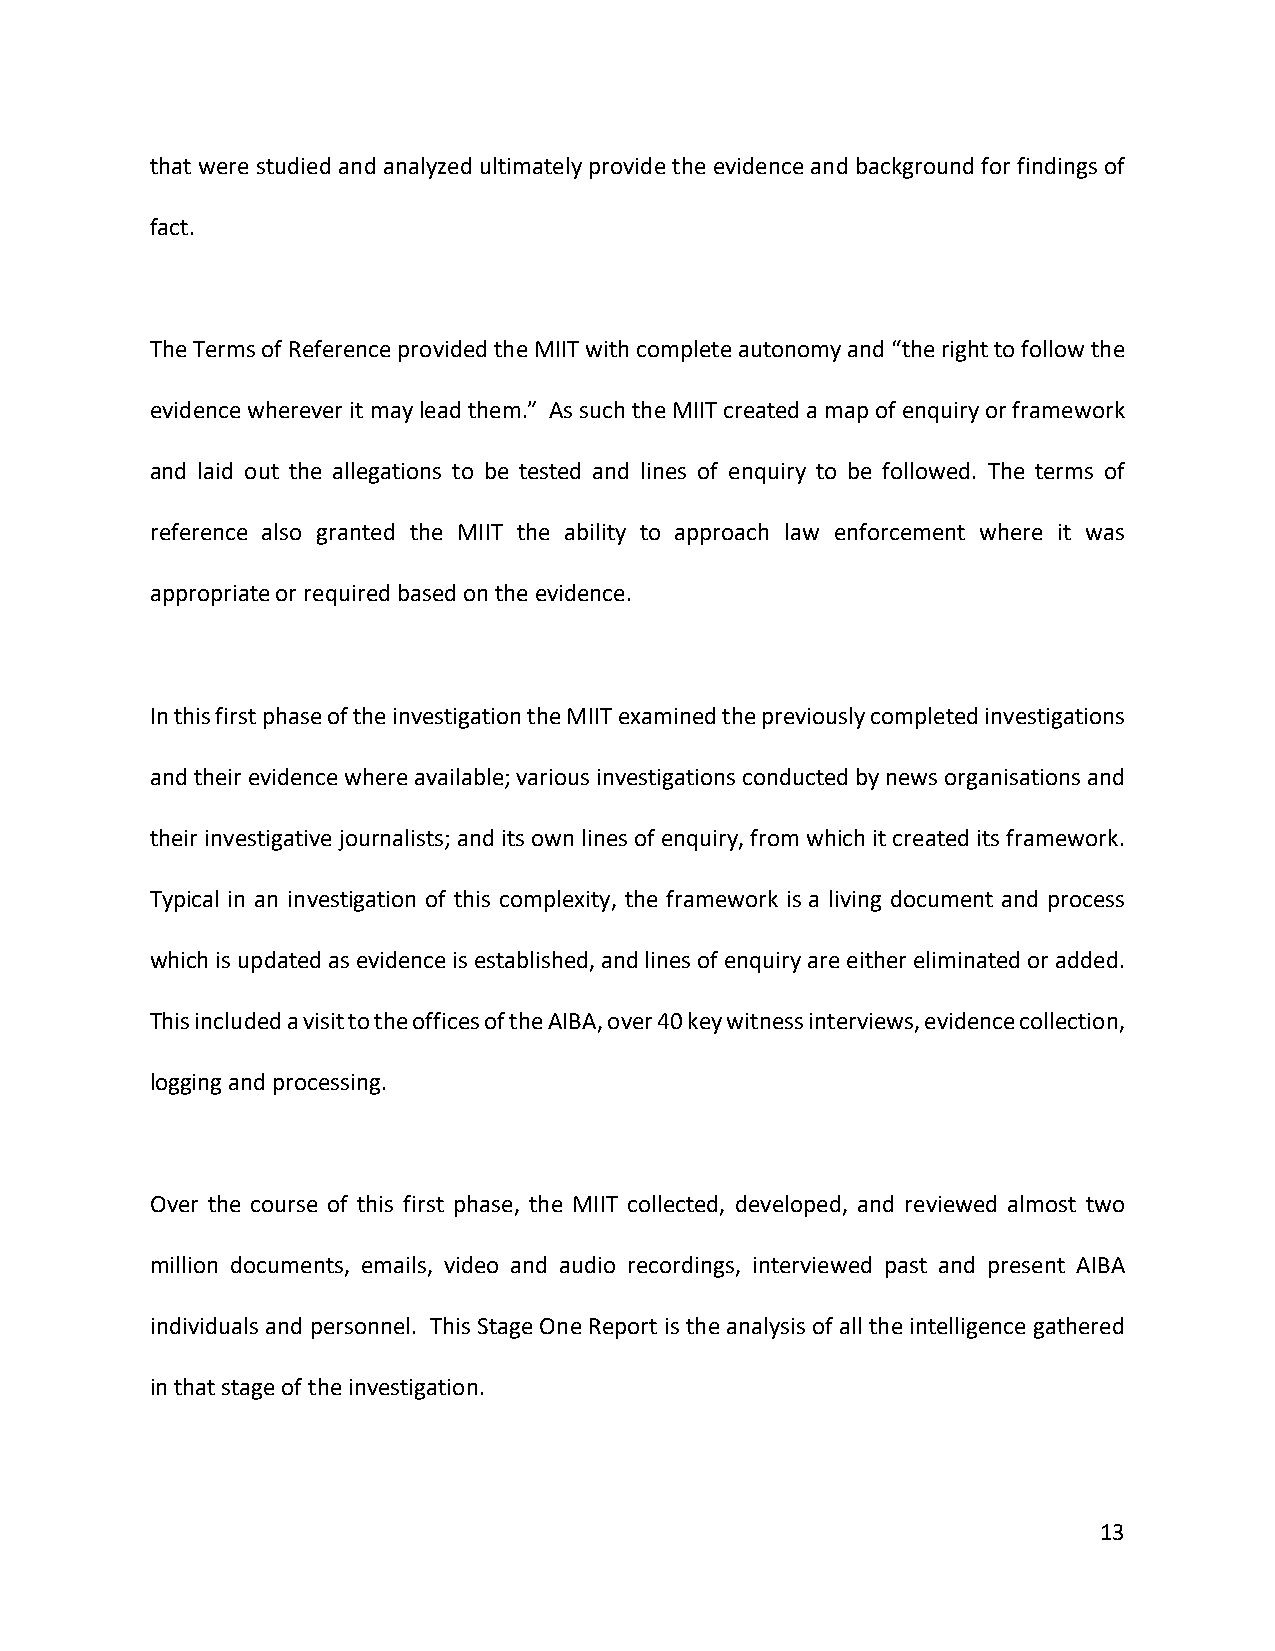
that were studied and analyzed ultimately provide the evidence and background for findings of
 fact.
 The Terms of Reference provided the MIIT with complete autonomy and “the right to follow the
 evidence wherever it may lead them.” As such the MIIT created a map of enquiry or framework
 and laid out the allegations to be tested and lines of enquiry to be followed. The terms of
 reference also granted the MIIT the ability to approach law enforcement where it was
 appropriate or required based on the evidence.
 In this first phase of the investigation the MIIT examined the previously completed investigations
 and their evidence where available; various investigations conducted by news organisations and
 their investigative journalists; and its own lines of enquiry, from which it created its framework.
 Typical in an investigation of this complexity, the framework is a living document and process
 which is updated as evidence is established, and lines of enquiry are either eliminated or added.
 This included a visit to the offices of the AIBA, over 40 key witness interviews, evidence collection,
 logging and processing.
 Over the course of this first phase, the MIIT collected, developed, and reviewed almost two
 million documents, emails, video and audio recordings, interviewed past and present AIBA
 individuals and personnel. This Stage One Report is the analysis of all the intelligence gathered
 in that stage of the investigation.
 13